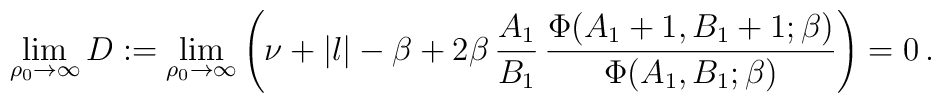
\lim_{\rho_0\rightarrow\infty} D : =\lim_{\rho_0\rightarrow\infty}\left(\nu+|l|-\beta + 2\beta\,{A_1\over B_1}\,{\Phi(A_1+1,B_1+1;\beta) \over\Phi(A_1,B_1;\beta)}\right) = 0\,.